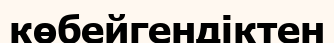
көбейгендіктен